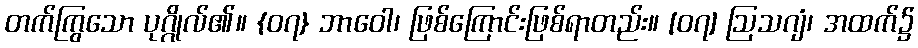
တက်ကြွသော ပုဂ္ဂိုလ်၏။ {၀၇} ဘာဝေါ၊ ဖြစ်ကြောင်းဖြစ်ရာတည်း။ [၀၇] ဩသဂျံ၊ အထက်၌